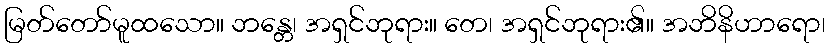
မြတ်တော်မူထသော။ ဘန္တေ၊ အရှင်ဘုရား။ တေ၊ အရှင်ဘုရား၏။ အဘိနိဟာရော၊